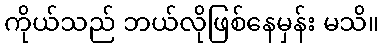
ကိုယ်သည် ဘယ်လိုဖြစ်နေမှန်း မသိ။